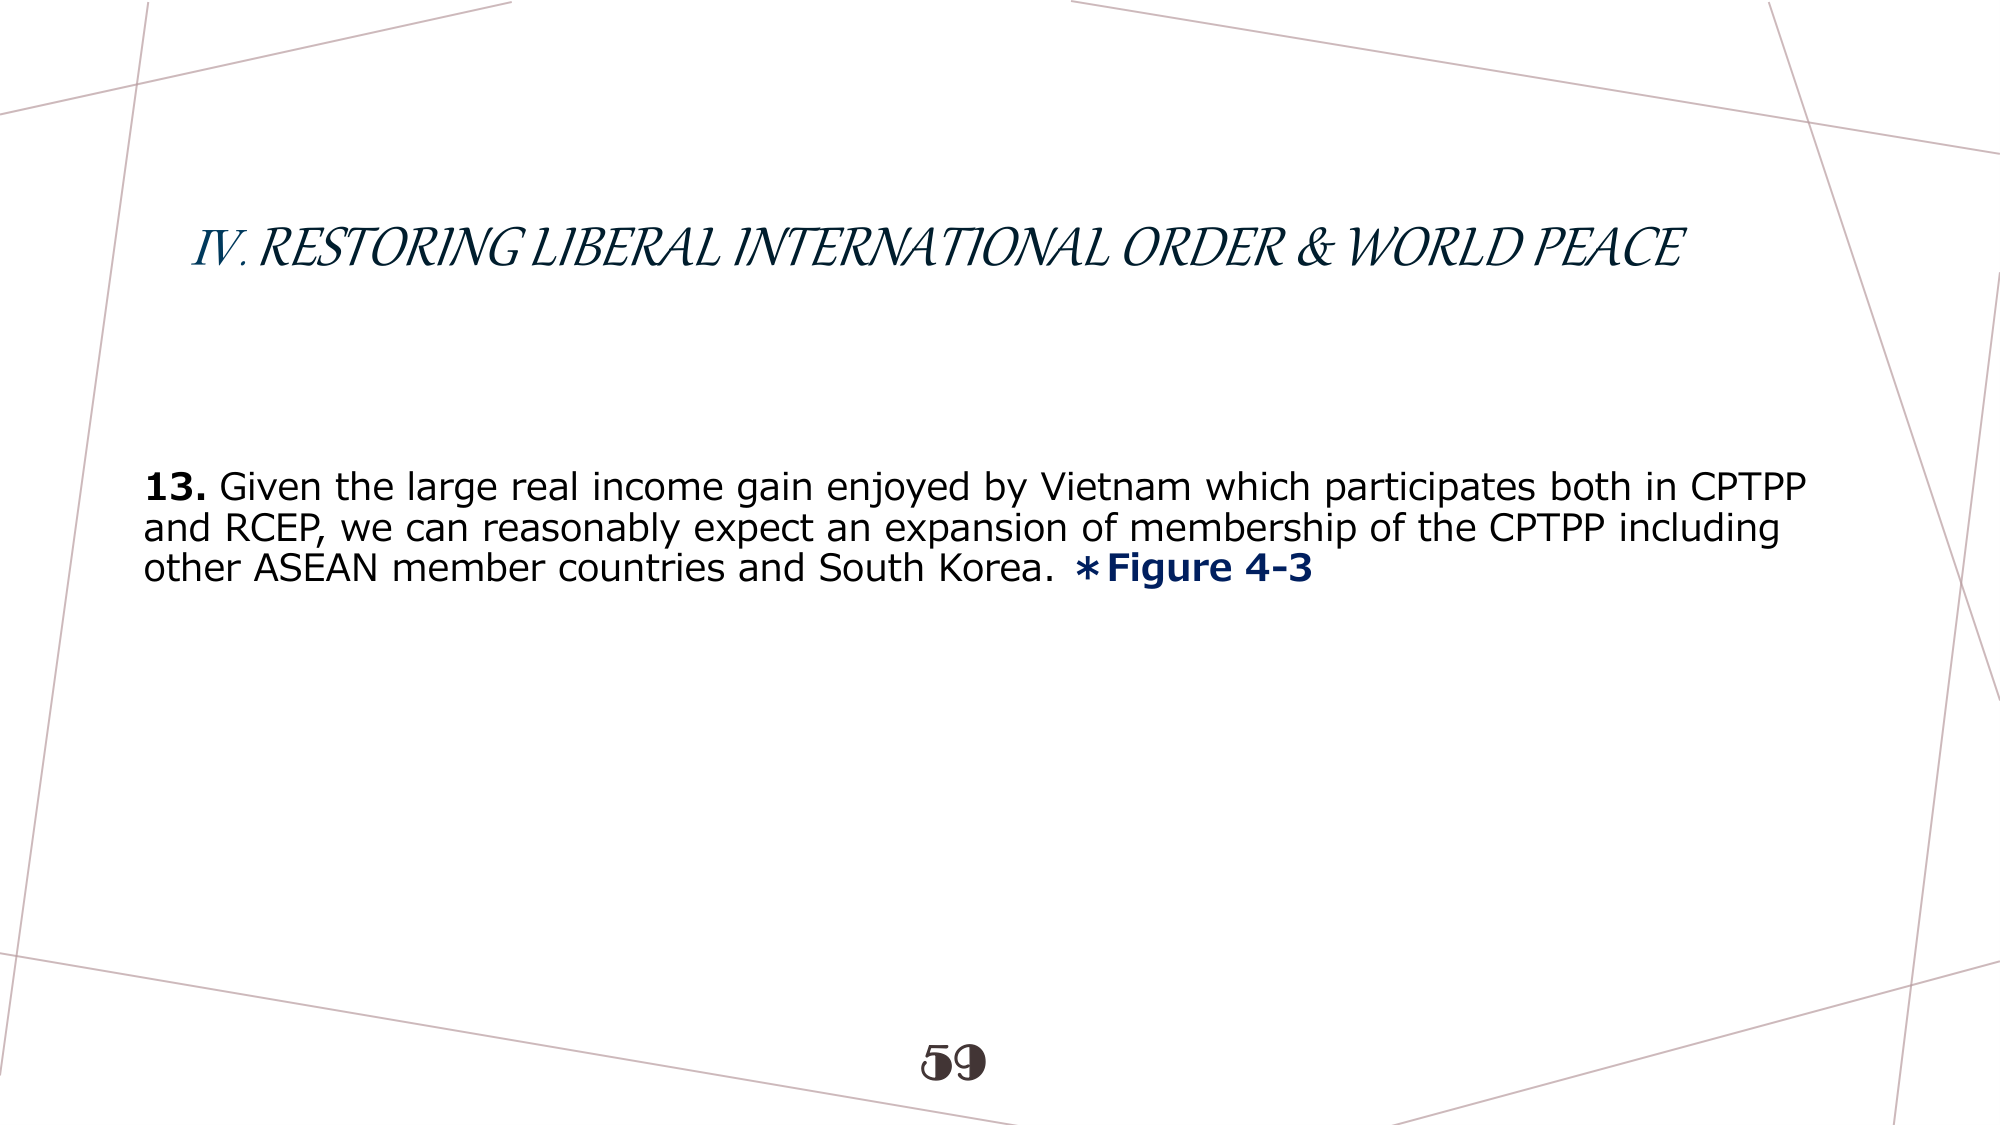
IV. RESTORING LIBERAL INTERNATIONAL ORDER & WORLD PEACE

13. Given the large real income gain enjoyed by Vietnam which participates both in CPTPP and RCEP, we can reasonably expect an expansion of membership of the CPTPP including other ASEAN member countries and South Korea. *Figure 4-3

59